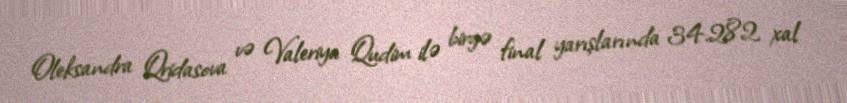
Oleksandra Qridasova və Valeriya Qudim ilə birgə final yarışlarında 34.282 xal